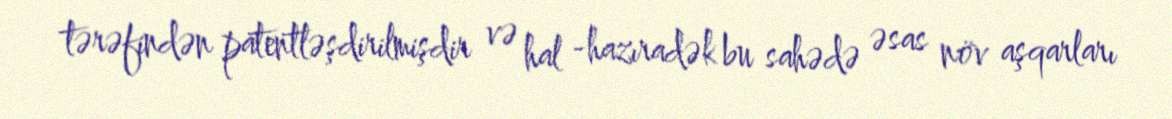
tərəfindən patentləşdirilmişdir və hal -hazıradək bu sahədə əsas növ aşqarları